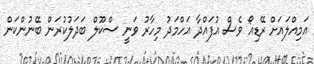
އަމިއްލައަށް ރޭޑިއޯ ވެސް އުފައްދާ އަހްމަދު މިހާރު ވަނީ ސްކޫލް ބަދަލުކުރަން ބޭނުންކަން